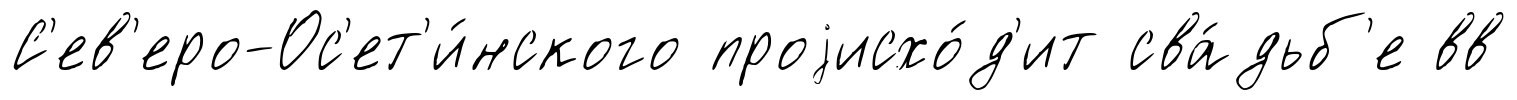
С'ев'еро-Ос'ет'и́нского проjисхо́д'ит сва́дьб'е вв